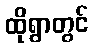
ထိုရွာတွင်